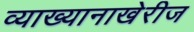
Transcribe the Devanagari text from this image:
व्याख्यानाखेरीज